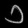
Digit: ၁